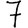
Digit: 7